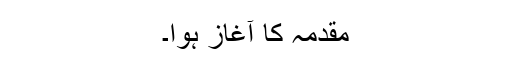
مقدمہ کا آغاز ہوا۔